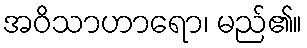
အဝိသာဟာရော၊ မည်၏။